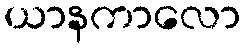
ယာနကာလော